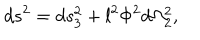
d s ^ { 2 } = d s _ { 3 } ^ { 2 } + l ^ { 2 } \Phi ^ { 2 } d \Omega _ { 2 } ^ { 2 } ,